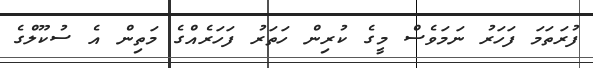
ފުރަތަމަ ފަހަރު ނަމަވެސް މީގެ ކުރިން ހަތަރު ފަހަރެއްގެ މަތިން އެ ސުކޫލްގެ